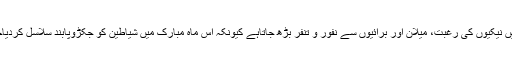
جس میں نیکیوں کی رغبت، میلان اور برائیوں سے نفور و تنفر بڑھ جاتاہے کیونکہ اس ماہ مبارک میں شیاطین کو جکڑوپابند سلاسل کردیاجاتاہے۔